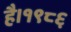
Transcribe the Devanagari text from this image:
है।१९८६